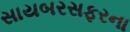
સાયબરસફરના